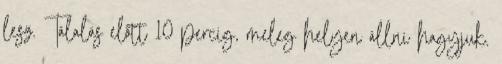
lesz. Tálalás előtt 10 percig, meleg helyen állni hagyjuk.